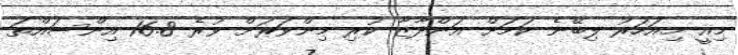
މިއީ މިއަހަރު ލިބޭނެ ކަމަށް އަންދާޒާ ކުރި މިންވަރަށް ވުރެ 16.8 އިންސައްތަ